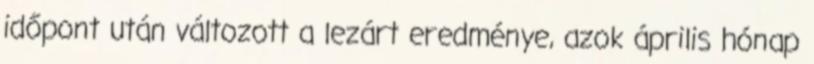
időpont után változott a lezárt eredménye, azok április hónap